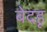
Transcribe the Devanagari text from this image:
बेदहू